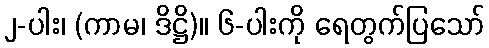
၂-ပါး၊ (ကာမ၊ ဒိဋ္ဌိ)။ ၆-ပါးကို ရေတွက်ပြသော်